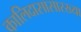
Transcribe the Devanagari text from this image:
कालिदासासारख्या